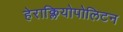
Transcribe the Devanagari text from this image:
हेराक्लियोपोलिटन